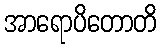
အာရောပိတောတိ